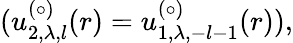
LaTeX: (u_{2,\lambda,l}^{(\circ)}(r)=u_{1,\lambda,-l-1}^{(\circ)}(r)),